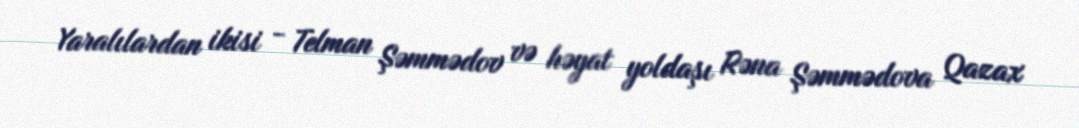
Yaralılardan ikisi - Telman Şəmmədov və həyat yoldaşı Rəna Şəmmədova Qazax